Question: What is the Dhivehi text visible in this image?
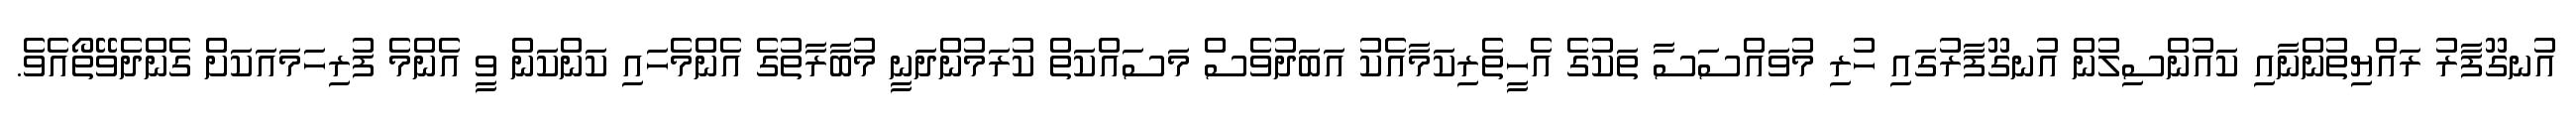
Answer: އުނގޫފާރު ރައްޔިތުންނާއި ކައުންސިލުން އުނގޫފާރުގައި ހުރި މުވައްސަސާ ތަކުގެ އެހީތެރިކަމާއެކު އަބަދުވެސް މަސައްކަތް ކުރަމުންދަނީ މުބާރާތުގެ އެންމެހައި ކަންކަން ވީ އެންމެ ފުރިހަމައަކަށް ގެންދެވޭތޯއެވެ.